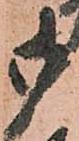
御